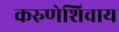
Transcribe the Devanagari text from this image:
करुणेशिवाय